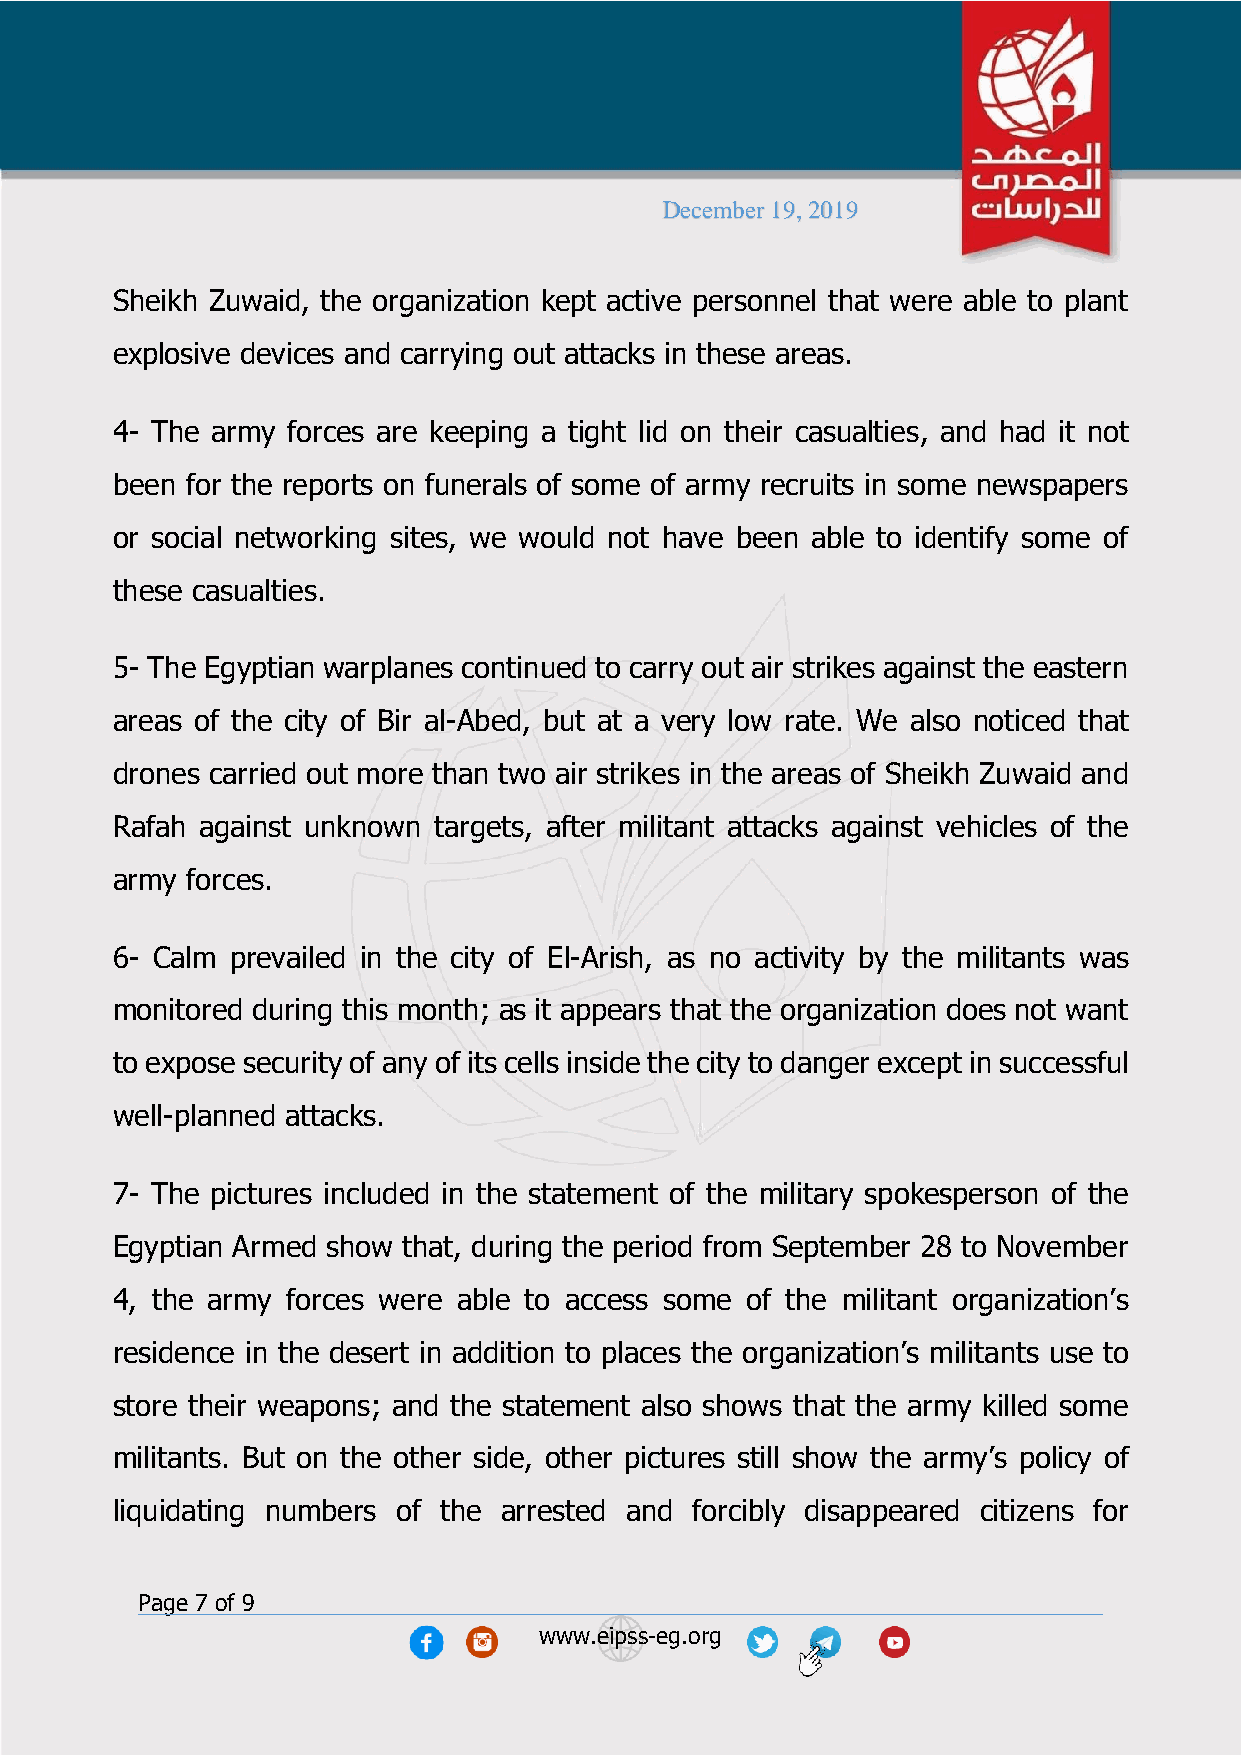
December 19, 2019
 Sheikh Zuwaid, the organization kept active personnel that were able to plant
 explosive devices and carrying out attacks in these areas.
 4- The army forces are keeping a tight lid on their casualties, and had it not
 been for the reports on funerals of some of army recruits in some newspapers
 or social networking sites, we would not have been able to identify some of
 these casualties.
 5- The Egyptian warplanes continued to carry out air strikes against the eastern
 areas of the city of Bir al-Abed, but at a very low rate. We also noticed that
 drones carried out more than two air strikes in the areas of Sheikh Zuwaid and
 Rafah against unknown targets, after militant attacks against vehicles of the
 army forces.
 6- Calm prevailed in the city of El-Arish, as no activity by the militants was
 monitored during this month; as it appears that the organization does not want
 to expose security of any of its cells inside the city to danger except in successful
 well-planned attacks.
 7- The pictures included in the statement of the military spokesperson of the
 Egyptian Armed show that, during the period from September 28 to November
 4, the army forces were able to access some of the militant organization’s
 residence in the desert in addition to places the organization’s militants use to
 store their weapons; and the statement also shows that the army killed some
 militants. But on the other side, other pictures still show the army’s policy of
 liquidating numbers of the arrested and forcibly disappeared citizens for
 Page 7 of 9
 www.eipss-eg.org